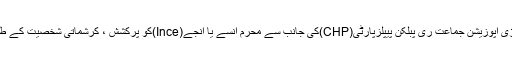
اس بار سب سے بڑی اپوزیشن جماعت ری پبلکن پیپلزپارٹی(CHP)کی جانب سے محرم انسے یا انجے(Ince)کو پرکشش ، کرشماتی شخصیت کے طور پر پیش کیا گیا۔